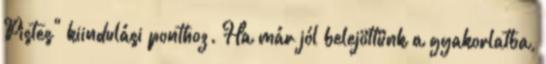
Pistes" kiindulási ponthoz. Ha már jól belejöttünk a gyakorlatba,